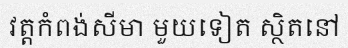
វត្តកំពង់សីមា មួយទៀត ស្ថិតនៅ